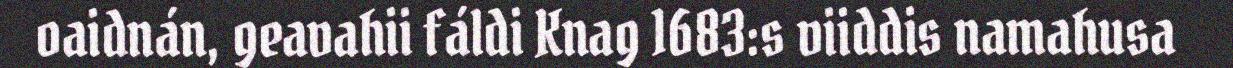
oaidnán, geavahii fáldi Knag 1683:s viiddis namahusa